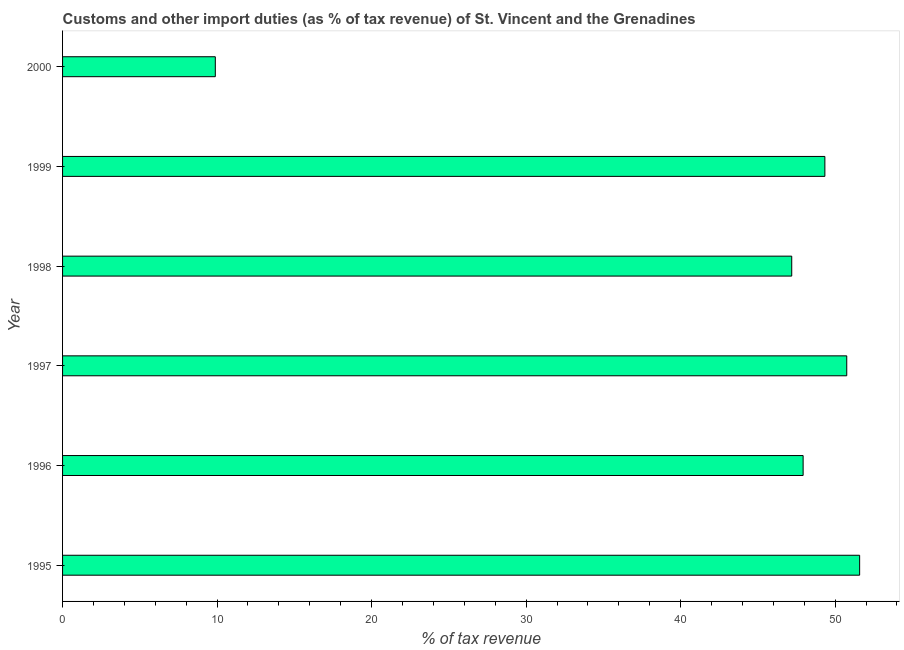
| Year | Customs and other import duties |
 | --- | --- |
 | 1995 | 51.6 |
 | 1996 | 47.9 |
 | 1997 | 50.8 |
 | 1998 | 47.2 |
 | 1999 | 49.3 |
 | 2000 | 9.89 |